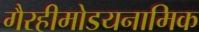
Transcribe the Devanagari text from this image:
गैरहीमोडयनामिक